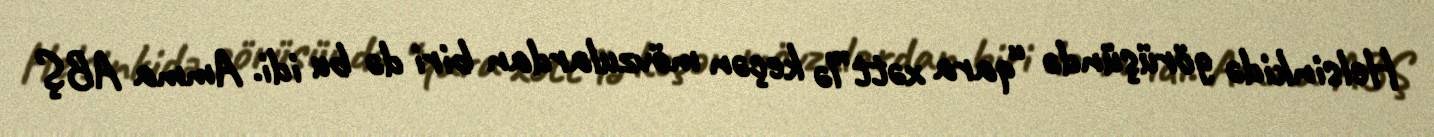
Helsinkidə görüşündə “qara xətt”lə keçən mövzulardan biri də bu idi. Amma ABŞ